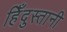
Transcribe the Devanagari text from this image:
हिँदुस्तानी